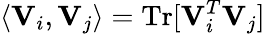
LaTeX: \langle{\mathbf V}_{i},{\mathbf V}_{j}\rangle=\mathrm{Tr}[{\mathbf V}_{i}^{T}{\mathbf V}_{j}]